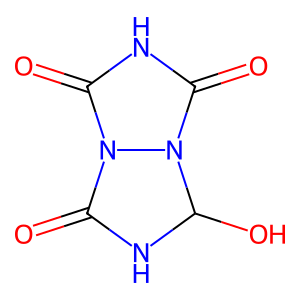
SMILES: O=C1NC(O)n2c(=O)[nH]c(=O)n21
Inhibits HIV replication: No